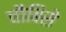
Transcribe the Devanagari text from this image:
चौबिसे